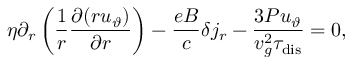
\eta \partial _ { r } \left( \frac { 1 } { r } \frac { \partial ( r u _ { \vartheta } ) } { \partial r } \right) - \frac { e B } { c } \delta j _ { r } - \frac { 3 P u _ { \vartheta } } { v _ { g } ^ { 2 } \tau _ { \mathrm { d i s } } } = 0 ,